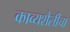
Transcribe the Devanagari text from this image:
काव्यशैलीचा